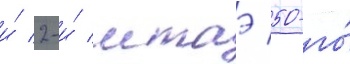
и́ 2-и́ мтаэ 50-го́